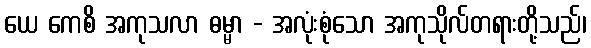
ယေ ကေစိ အကုသလာ ဓမ္မာ - အလုံးစုံသော အကုသိုလ်တရားတို့သည်၊